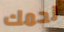
لحمك